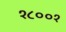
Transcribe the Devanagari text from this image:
१८००१